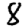
Digit: 8